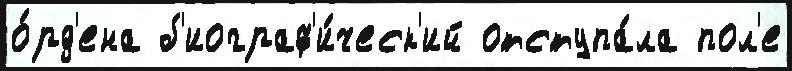
о́рд'ена б'иограф'и́ческ'ий отступа́ла пол'е